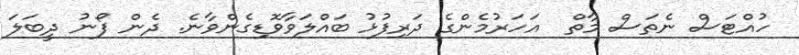
ހުއްޓަސް ނެތަސް މާތް  އަހަރުމެންގެ ދަރިފުޅު ބައްލަވާވޮޑިގެންވާނެ. ދެން ފޯނު ދީބަލަ